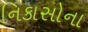
નિકાસોના